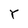
Character: Y